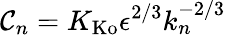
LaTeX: \mathcal{C}_{n}=K_{\mathrm{{Ko}}}\epsilon^{2/3}k_{n}^{-2/3}